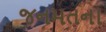
જનમતના